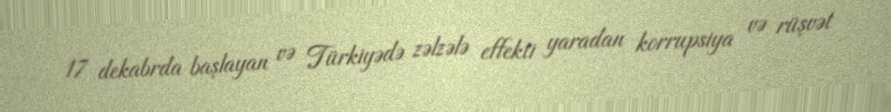
17 dekabrda başlayan və Türkiyədə zəlzələ effekti yaradan korrupsiya və rüşvət